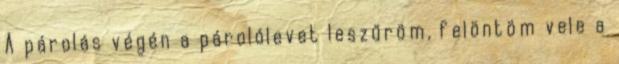
A párolás végén a párolólevet leszűröm, felöntöm vele a